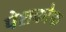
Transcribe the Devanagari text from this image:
पेशकोफ